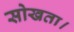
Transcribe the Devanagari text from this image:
सोखता।